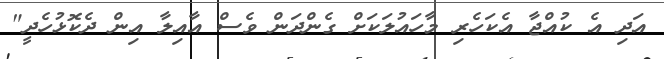
އަދި އެ ކުއްޖާ އެކަހެރި މާހައުލަކަށް ގެންދަން ވެސް އާއިލާ އިން ދެކޮޅުހެދީ"